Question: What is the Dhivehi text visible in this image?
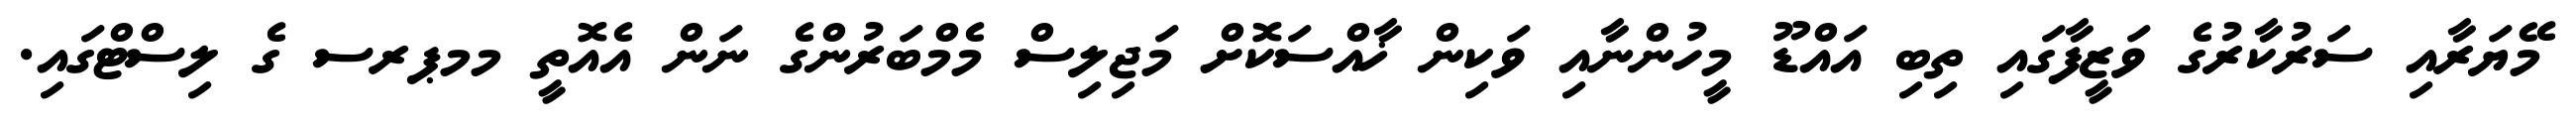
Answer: މޭޔަރާއި ސަރުކާރުގެ ވަޒީފާގައި ތިބި އައްޑޫ މީހުންނާއި ވަކިން ޚާއްސަކޮށް މަޖިލިސް މެމްބަރުންގެ ނަން އެއޮތީ މމޕރސ ގެ ލިސްޓްގައި.